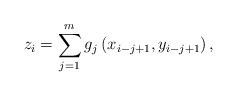
LaTeX: \begin{align*} z_i = \sum_{j=1}^{m} g_j\left( x_{i-j+1}, y_{i-j+1} \right) ,\end{align*}